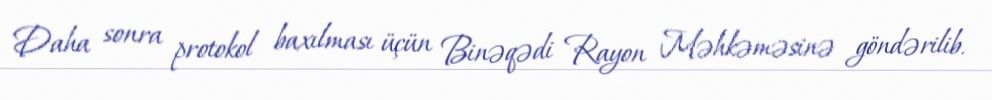
Daha sonra protokol baxılması üçün Binəqədi Rayon Məhkəməsinə göndərilib.